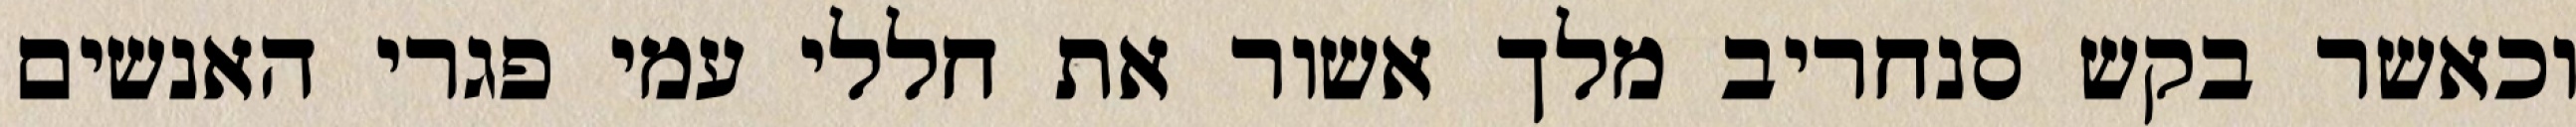
וכאשר בקש סנחריב מלך אשור את חללי עמי פגרי האנשים